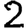
Digit: 2